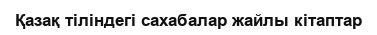
Қазақ тіліндегі сахабалар жайлы кітаптар